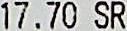
17.70 SR